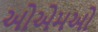
ઓએમઓ